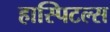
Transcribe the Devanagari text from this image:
हास्पिटल्स